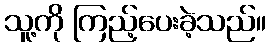
သူ့ကို ကြည့်ပေးခဲ့သည်။